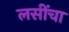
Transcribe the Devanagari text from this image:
लसींचा